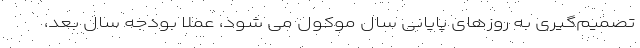
تصمیم‌گیری به روزهای پایانی سال موکول می شود، عملا بودجه سال بعد،